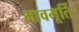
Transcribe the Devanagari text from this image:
भावमूर्ति